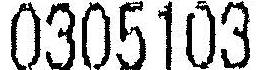
0305103